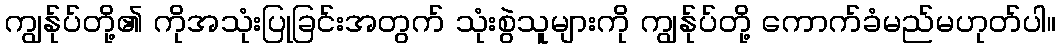
ကျွန်ုပ်တို့၏ ကိုအသုံးပြုခြင်းအတွက် သုံးစွဲသူများကို ကျွန်ုပ်တို့ ကောက်ခံမည်မဟုတ်ပါ။